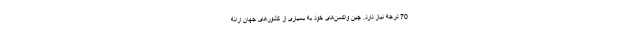
70 درجه نیاز دارد. چین واکسن‌های خود به بسیاری از کشورهای جهان ارائه